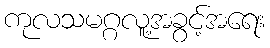
ကုလသမဂ္ဂလူ့အခွင့်အရေး